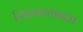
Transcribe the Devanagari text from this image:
लिहावाचायला